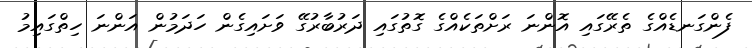
ފެންގަނޑެއްގެ ތެރޭގައި އޮންނަ ރަށްތަކެއްގެ ގޮތުގައި ދަރުބާރުގޭ ވަށައިގެން ހަދަމުން އަންނަ ހިތްގައިމު